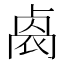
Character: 𠨁